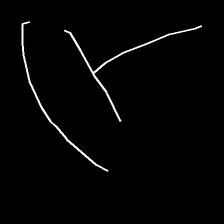
Glyph: dispersion